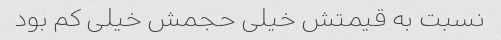
نسبت به قیمتش خیلی حجمش خیلی کم بود